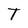
Character: T